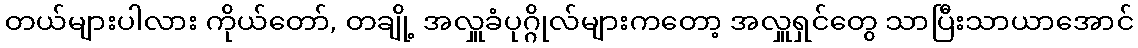
တယ်များပါလား ကိုယ်တော်, တချို့ အလှူခံပုဂ္ဂိုလ်များကတော့ အလှူရှင်တွေ သာပြီးသာယာအောင်